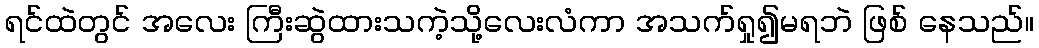
ရင်ထဲတွင် အလေး ကြီးဆွဲထားသကဲ့သို့လေးလံကာ အသက်ရှု၍မရဘဲ ဖြစ် နေသည်။